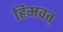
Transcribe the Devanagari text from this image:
हिमवत्